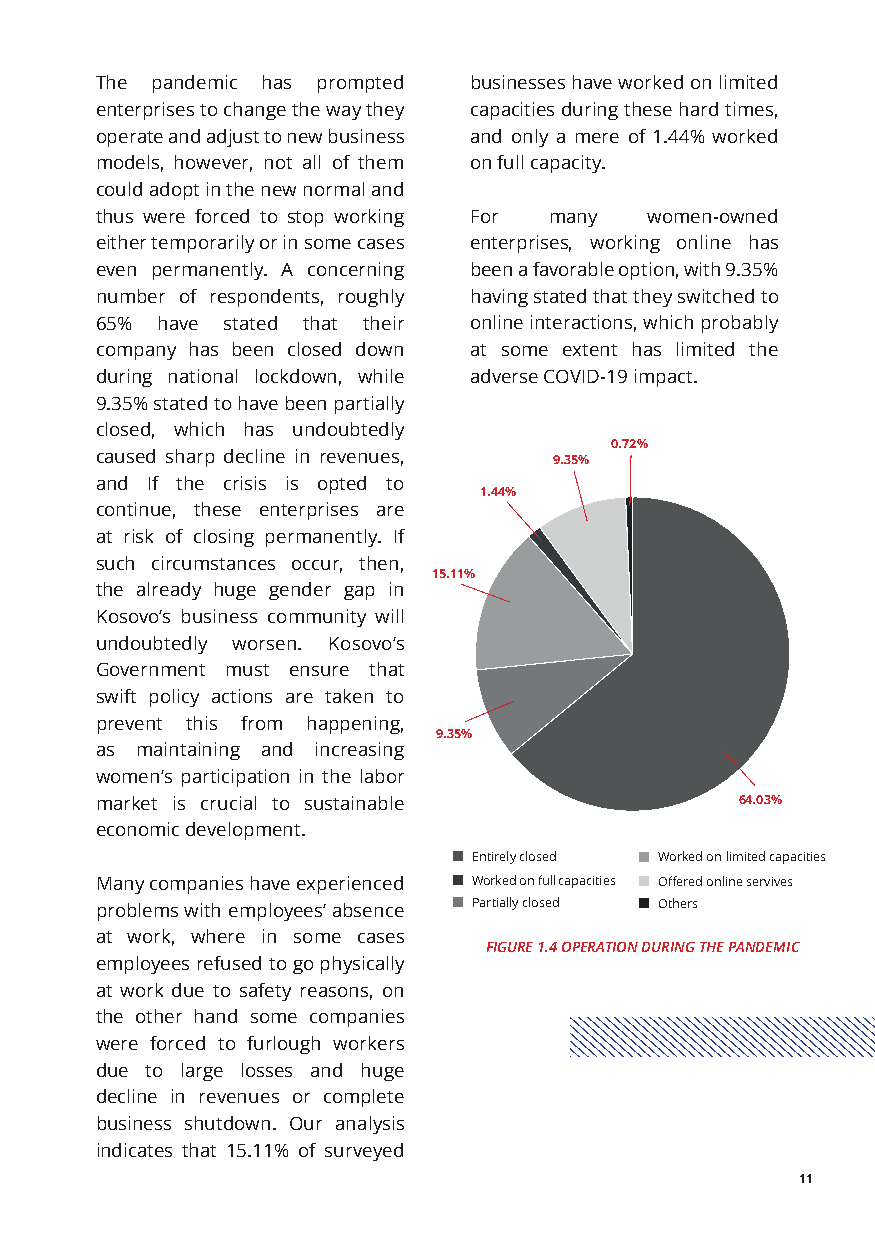
The pandemic has prompted businesses have worked on limited
 enterprises to change the way they capacities during these hard times,
 operate and adjust to new business and only a mere of 1.44% worked
 models, however, not all of them on full capacity.
 could adopt in the new normal and
 thus were forced to stop working For many women-owned
 either temporarily or in some cases enterprises, working online has
 even permanently. A concerning been a favorable option, with 9.35%
 number of respondents, roughly having stated that they switched to
 65% have stated that their online interactions, which probably
 company has been closed down at some extent has limited the
 during national lockdown, while adverse COVID-19 impact.
 9.35% stated to have been partially
 closed, which has undoubtedly
 0.72%
 caused sharp decline in revenues, 9.35%
 and If the crisis is opted to
 1.44%
 continue, these enterprises are
 at risk of closing permanently. If
 such circumstances occur, then,
 15.11%
 the already huge gender gap in
 Kosovo’s business community will
 undoubtedly worsen. Kosovo’s
 Government must ensure that
 swift policy actions are taken to
 prevent this from happening,
 9.35%
 as maintaining and increasing
 women’s participation in the labor
 market is crucial to sustainable           64.03%
 economic development.
 Entirely closed Worked on limited capacities
 Many companies have experienced Worked on full capacities Offered online servives
 problems with employees’ absence Partially closed Others
 at work, where in some cases
 FIGURE 1.4 OPERATION DURING THE PANDEMIC
 employees refused to go physically
 at work due to safety reasons, on
 the other hand some companies
 were forced to furlough workers
 due to large losses and huge
 decline in revenues or complete
 business shutdown. Our analysis
 indicates that 15.11% of surveyed
 11